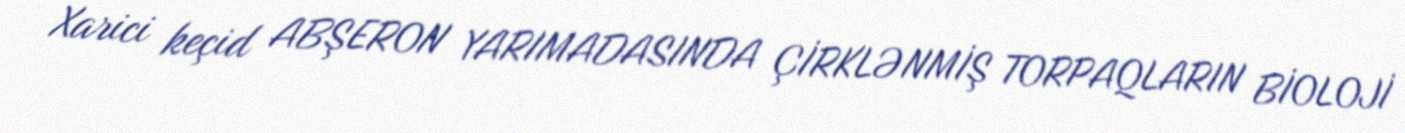
Xarici keçid ABŞERON YARIMADASINDA ÇİRKLƏNMİŞ TORPAQLARIN BİOLOJİ